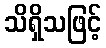
သိရှိသဖြင့်